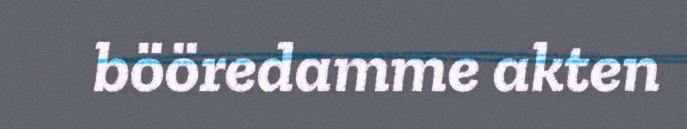
bööredamme akten